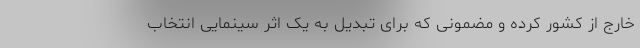
خارج از کشور کرده و مضمونی که برای تبدیل به یک اثر سینمایی انتخاب